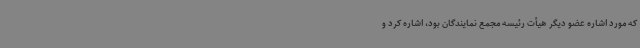
که مورد اشاره عضو دیگر هیأت رئیسه مجمع نمایندگان بود، اشاره کرد و